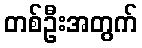
တစ်ဦးအတွက်